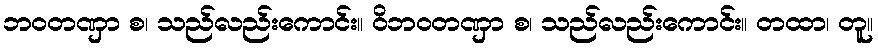
ဘဝတဏှာ စ၊ သည်လည်းကောင်း။ ဝိဘဝတဏှာ စ၊ သည်လည်းကောင်း။ တထာ၊ တူ။